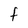
Character: F